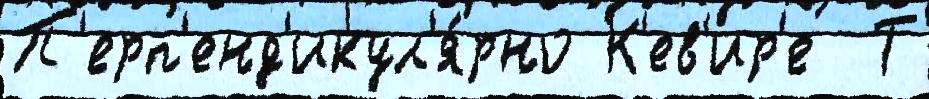
П'ерп'енд'икул'я́рно К'ев'ир'е  Т